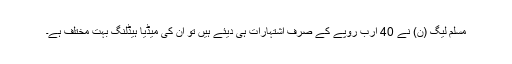
مسلم لیگ (ن) نے 40 ارب روپے کے صرف اشتہارات ہی دیئے ہیں تو ان کی میڈیا ہیڈلنگ بہت مختلف ہے۔